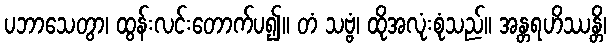
ပဘာသေတွာ၊ ထွန်းလင်းတောက်ပ၍။ တံ သဗ္ဗံ၊ ထိုအလုံးစုံသည်။ အန္တရဟိဿန္တိ၊